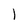
Character: l